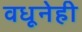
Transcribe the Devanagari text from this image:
वधूनेही